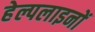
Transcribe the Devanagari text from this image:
हेल्पलाइनों